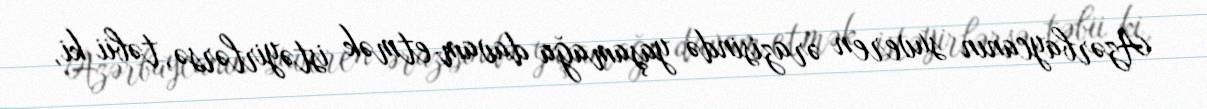
Azərbaycanın suveren ərazisində yaşamağa davam etmək istəyirlərsə, təbii ki,